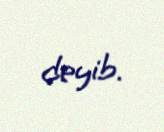
deyib.